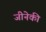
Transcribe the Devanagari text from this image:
जीनेकी